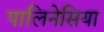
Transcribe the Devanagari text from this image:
पालिनेसिया